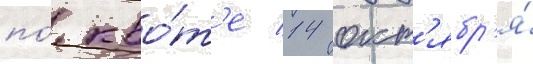
по́ кво́т'е 14 окт'ябр'я́